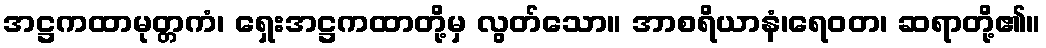
အဋ္ဌကထာမုတ္တကံ၊ ရှေးအဋ္ဌကထာတို့မှ လွတ်သော။ အာစရိယာနံ၊ရေဝတ၊ ဆရာတို့၏။